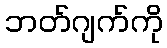
ဘတ်ဂျက်ကို